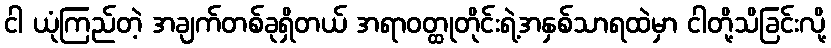
ငါ ယုံကြည်တဲ့ အချက်တစ်ခုရှိတယ် အရာဝတ္ထုတိုင်းရဲ့အနှစ်သာရထဲမှာ ငါတို့သိခြင်းလို့